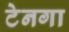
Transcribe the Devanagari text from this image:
टेनगा